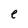
Character: e